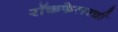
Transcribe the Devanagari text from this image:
रॉकफेलरची